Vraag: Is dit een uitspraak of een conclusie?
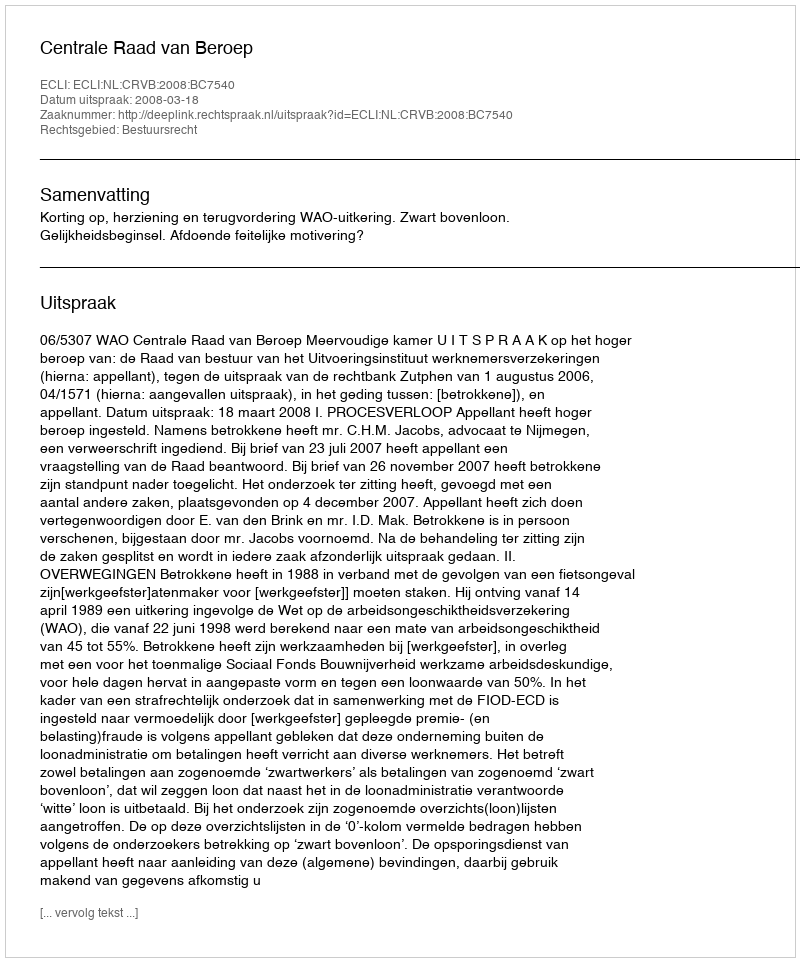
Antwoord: Uitspraak